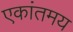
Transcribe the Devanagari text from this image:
एकांतमय